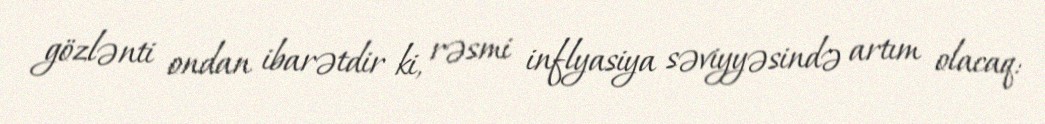
gözlənti ondan ibarətdir ki, rəsmi inflyasiya səviyyəsində artım olacaq: